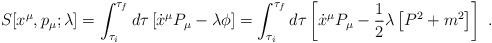
LaTeX: \begin{align*}S[x^\mu,p_\mu;\lambda]=\int_{\tau_i}^{\tau_f}d\tau\left[\dot{x}^\mu P_\mu-\lambda\phi\right]=\int_{\tau_i}^{\tau_f}d\tau\left[\dot{x}^\mu P_\mu-\frac{1}{2}\lambda\left[P^2+m^2\right]\right]\ .\end{align*}